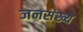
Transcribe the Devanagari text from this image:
जनसंख्य